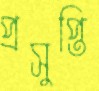
প্রসুপ্তি